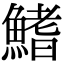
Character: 鰭